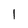
Character: l